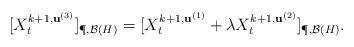
LaTeX: \begin{align*}[X^{ k+1, \mathbf{u}^{(3)} }_t]_{\P,\mathcal{B}(H)}=[X^{ k+1, \mathbf{u}^{(1)} }_t+\lambda X^{ k+1, \mathbf{u}^{(2)} }_t]_{\P,\mathcal{B}(H)}.\end{align*}